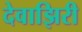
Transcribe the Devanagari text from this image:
देवाझिरी